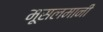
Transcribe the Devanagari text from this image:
मूसलमानी